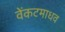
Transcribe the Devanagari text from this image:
वेंकटमाधव